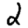
Digit: 2